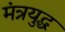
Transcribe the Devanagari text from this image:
मंत्रयुद्ध